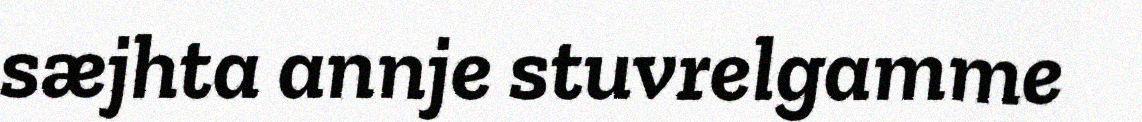
sæjhta annje stuvrelgamme